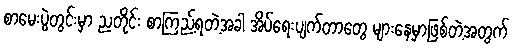
စာမေးပွဲတွင်းမှာ ညတိုင်း စာကြည့်ရတဲ့အခါ အိပ်ရေးပျက်တာတွေ များနေမှာဖြစ်တဲ့အတွက်